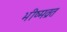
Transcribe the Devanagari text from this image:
भीष्मव्रत